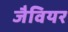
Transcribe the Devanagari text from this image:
जैवियर